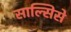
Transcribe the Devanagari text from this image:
साल्सिसे